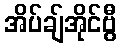
အိပ်ချ်အိုင်ဗွီ